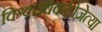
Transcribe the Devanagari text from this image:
विश्वचषकविजेत्या